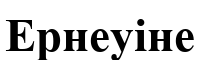
Ернеуіне